Vaccination in Bombay 1869-1873 - 1869-1873
Year: 1869
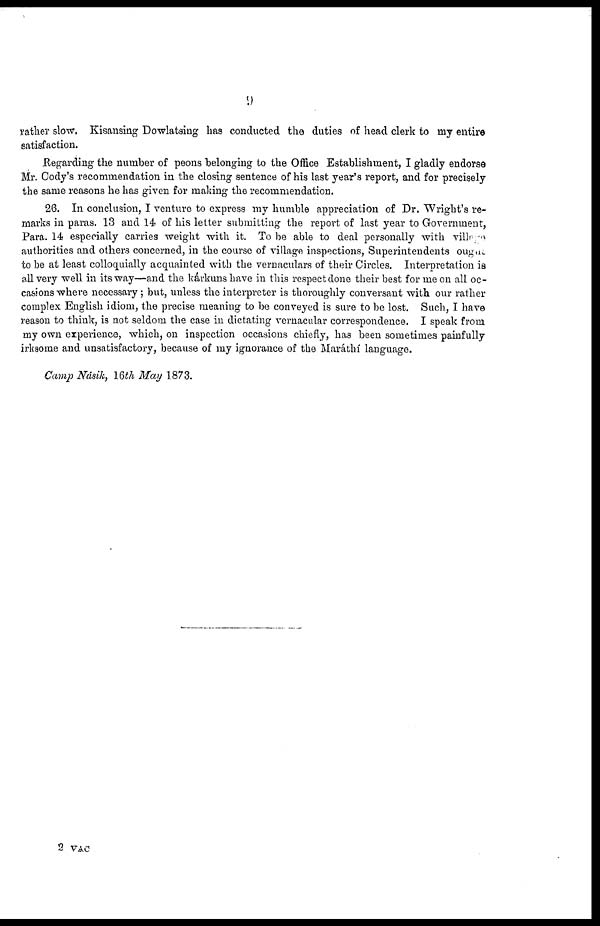
9
rather slow. Kisansing Dowlatsing has conducted the duties of head clerk to my entire
satisfaction.
Regarding the number of peons belonging to the Office Establishment, I gladly endorse
Mr. Cody's recommendation in the closing sentence of his last year's report, and for precisely
the same reasons he has given for making the recommendation.
26. In conclusion, I venture to express my humble appreciation of Dr. Wright's re-
marks in paras. 13 and 14 of his letter submitting the report of last year to Government,
Para. 14 especially carries weight with it. To be able to deal personally with village
authorities and others concerned, in the course of village inspections, Superintendents ought
to be at least colloquially acquainted with the vernaculars of their Circles. Interpretation is
all very well in its way—-and the kárkuns have in this respect done their best for me on all oc-
casions where necessary ; but, unless the interpreter is thoroughly conversant with our rather
complex English idiom, the precise meaning to be conveyed is sure to be lost. Such, I have
reason to think, is not seldom the case in dictating vernacular correspondence. I speak from
my own experience, which, on inspection occasions chiefly, has been sometimes painfully
irksome and unsatisfactory, because of my ignorance of the Maráthí language.
Camp Násik, 16th May 1873.
2 VAC